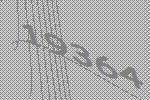
19364